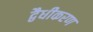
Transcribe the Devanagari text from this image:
द्वैधीकरण